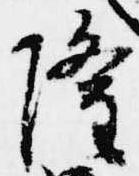
隆